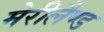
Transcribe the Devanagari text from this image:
मेरीलैण्ड